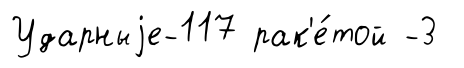
Ударныjе-117 рак'е́той -3